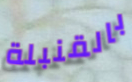
بالقنبلة